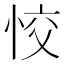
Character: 恔